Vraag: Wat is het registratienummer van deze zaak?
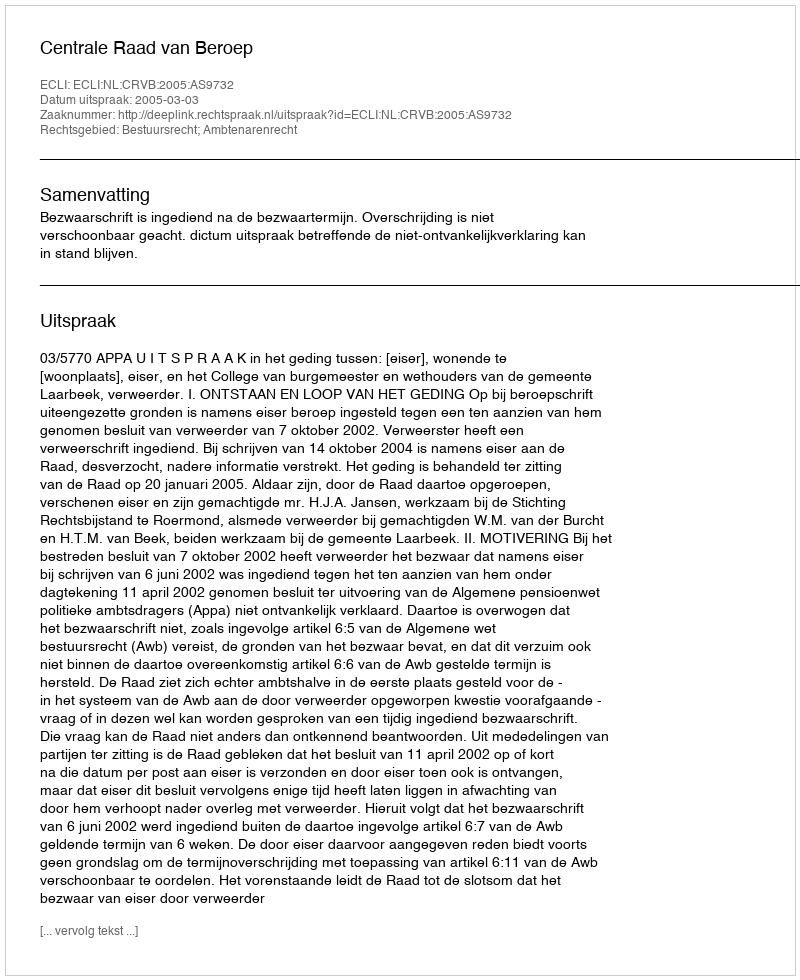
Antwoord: http://deeplink.rechtspraak.nl/uitspraak?id=ECLI:NL:CRVB:2005:AS9732